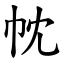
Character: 帎